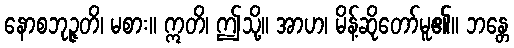
နောစဘုဉ္ဇတိ၊ မစား။ ဣတိ၊ ဤသို့။ အာဟ၊ မိန့်ဆိုတော်မူ၏။ ဘန္တေ